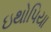
ઇથોપિયા